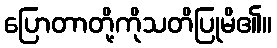
ပြောတာတို့ကိုသတိပြုမိ၏။